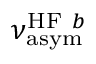
\nu _ { \mathrm { a s y m } } ^ { \mathrm { H F } ~ b }